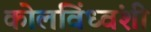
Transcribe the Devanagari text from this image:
कोलविंध्वंशी